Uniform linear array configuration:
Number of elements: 12
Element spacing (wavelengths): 0.25
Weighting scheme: hamming
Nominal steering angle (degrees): -45
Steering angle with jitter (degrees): -43.1
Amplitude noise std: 0.05
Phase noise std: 0.05

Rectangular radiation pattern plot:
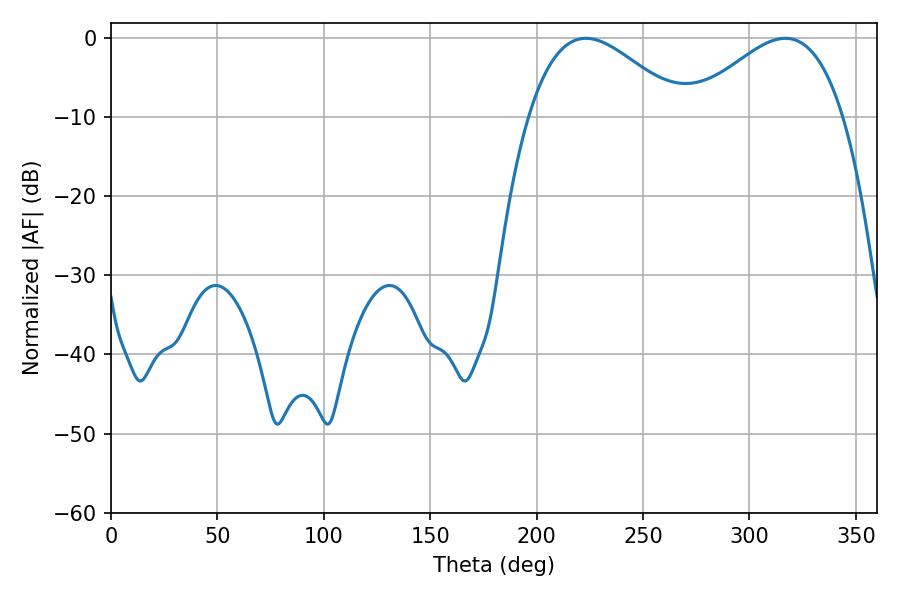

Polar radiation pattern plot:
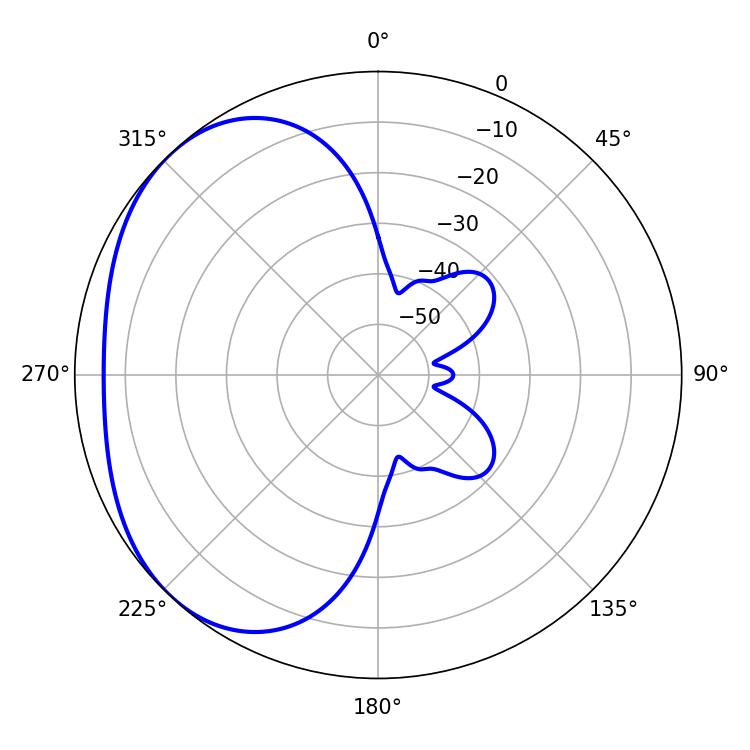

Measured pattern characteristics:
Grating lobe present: FALSE
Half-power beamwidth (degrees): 38.88
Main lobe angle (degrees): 223.2